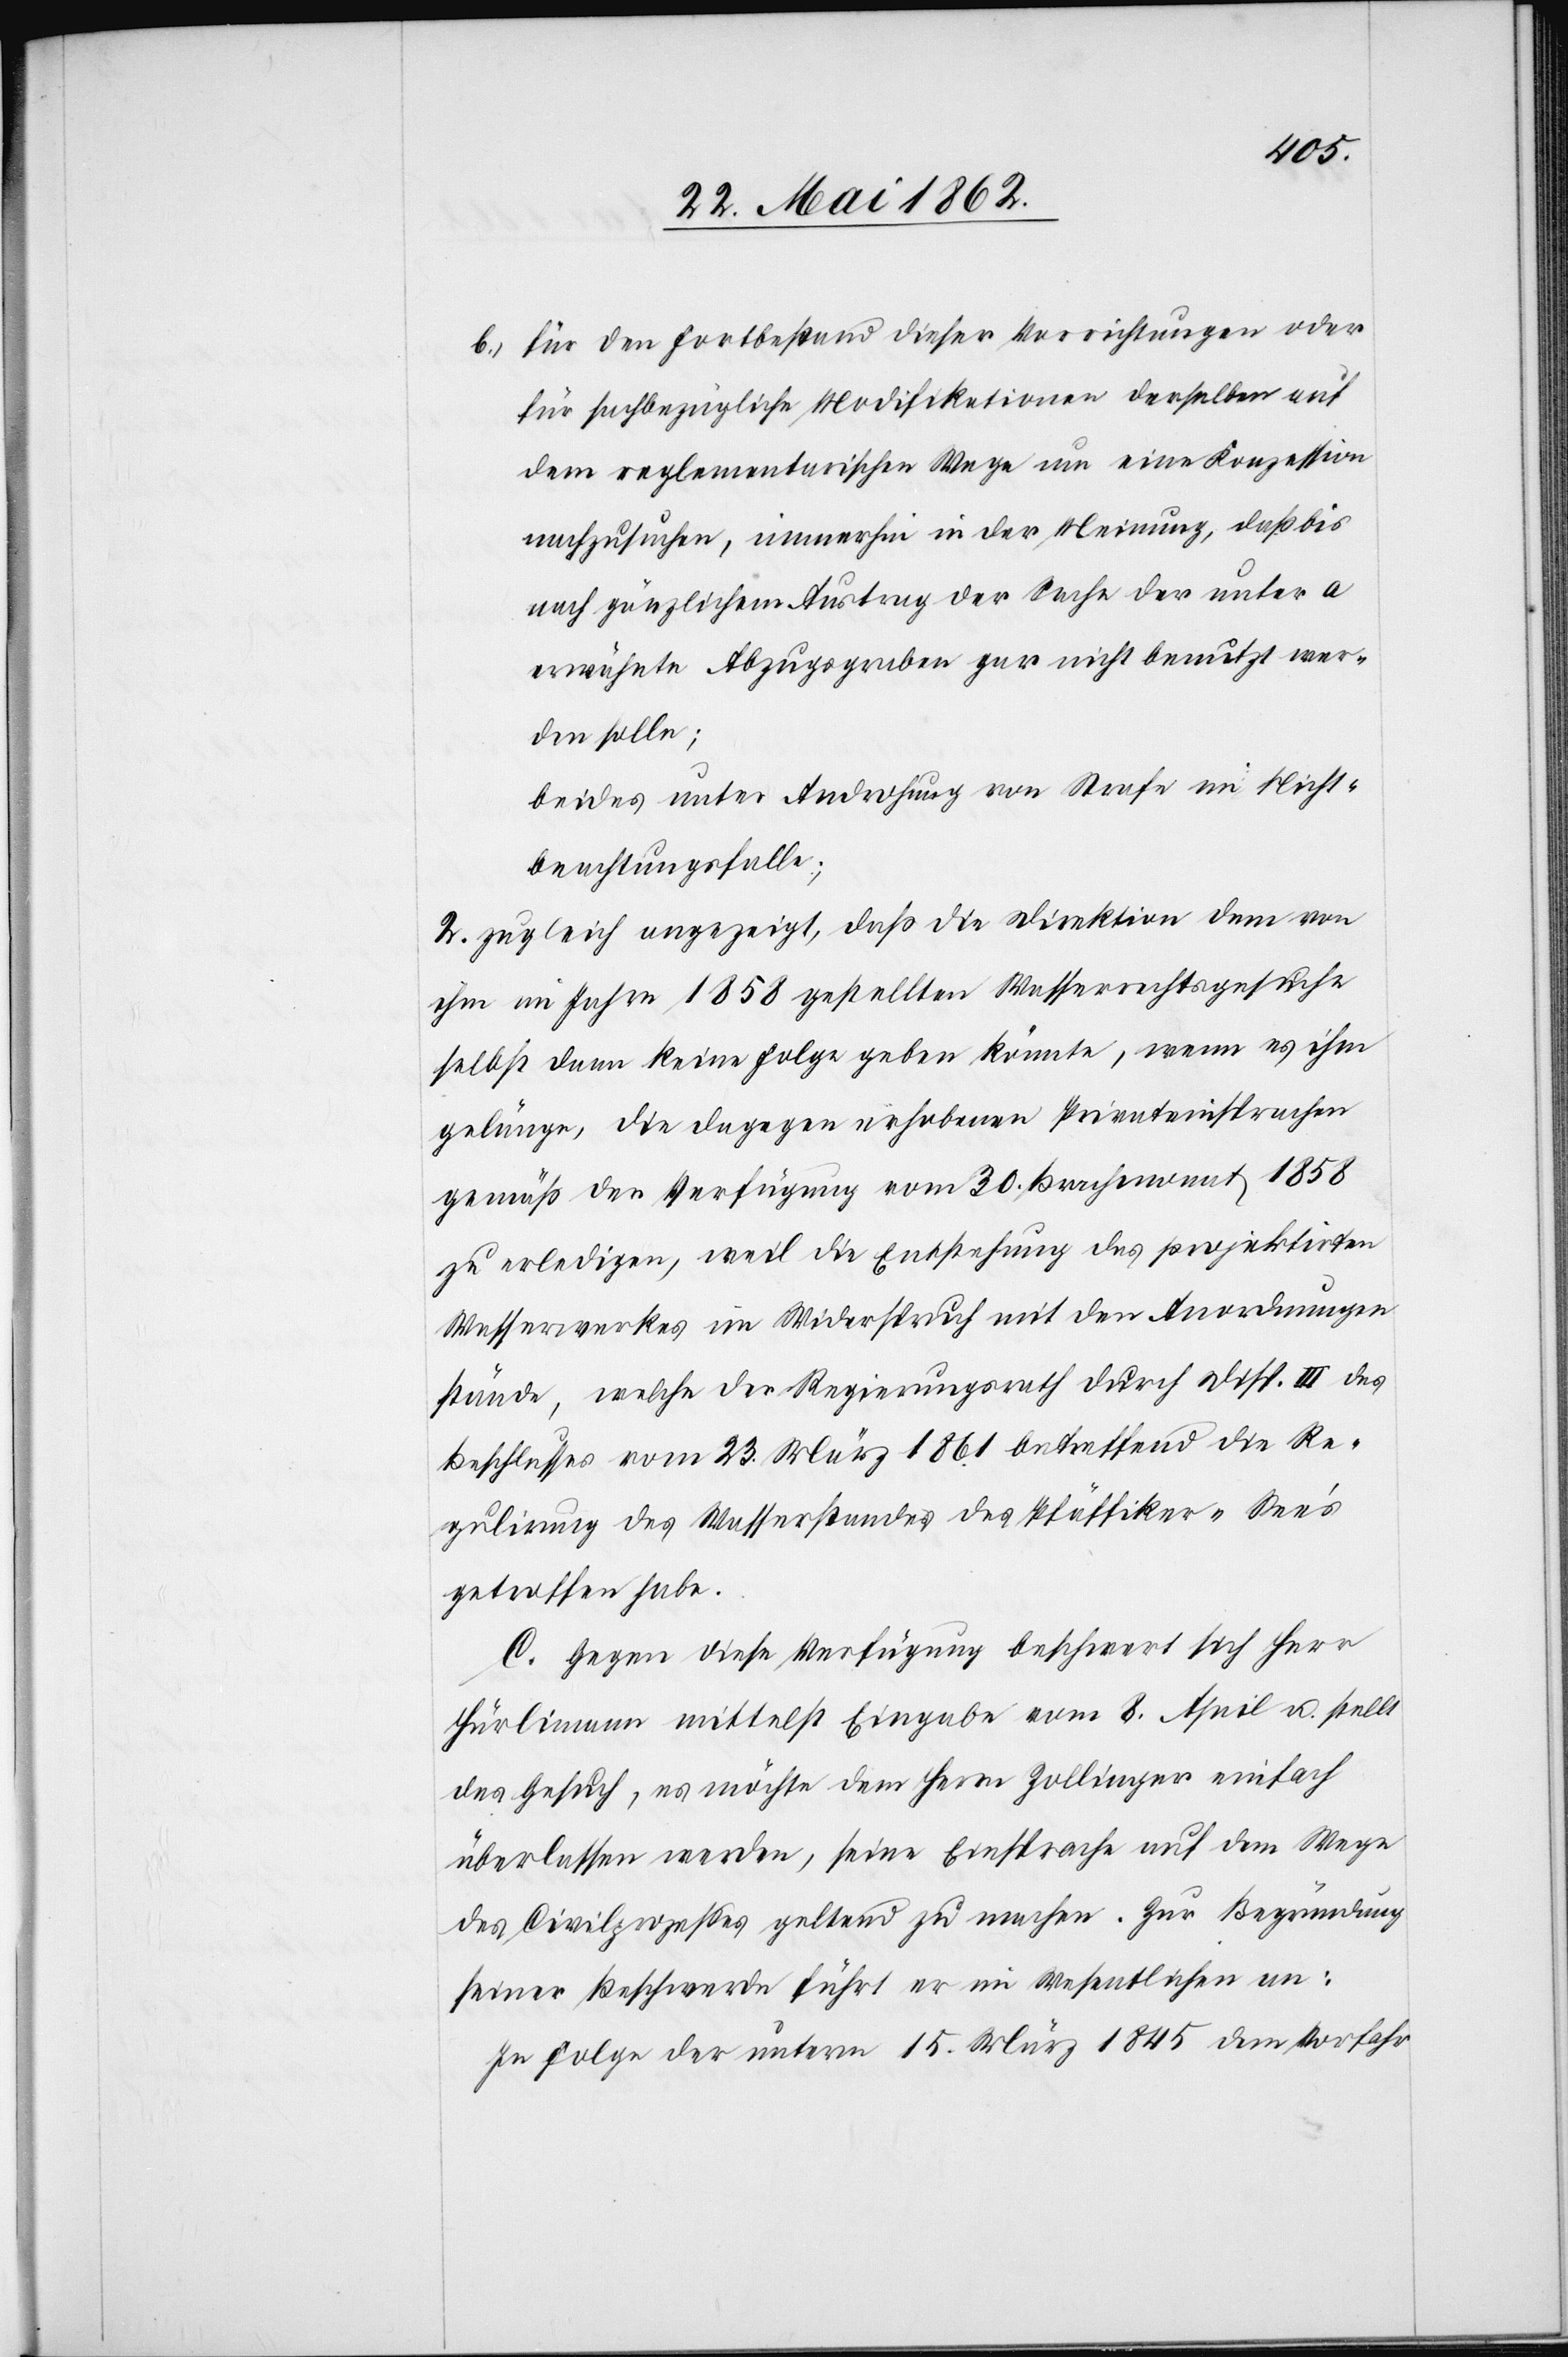
b. für den Fortbestand dieser Vorrichtungen oder
für sachbezügliche Modifikationen derselben auf
dem reglementarischen Wege um eine Konzession
nachzusuchen, immerhin in der Meinung, daß bis
nach gänzlichem Austrag der Sache der unter a
erwähnte Abzugsgraben gar nicht benutzt wer¬
den solle;
beides unter Androhung von Strafe im Nicht¬
beachtungsfall;
2. zugleich angezeigt, daß die Direktion dem von
ihm im Jahre 1858 gestellten Wasserrechtsgesuche
selbst dann keine Folge geben könnte, wenn es ihm
gelänge, die dagegen erhobenen Privateinsprachen
gemäß der Verfügung vom 30. Brachmonat 1858
zu erledigen, weil die Entstehung des projektirten
Wasserwerkes im Widerspruch mit den Anordnungen
stände, welche der Regierungsrath durch Disp. III des
Beschlusses vom 23. März 1861 betreffend die Re¬
gulirung des Wasserstandes des Pfäffiker-See’s
getroffen habe.
C. Gegen diese Verfügung beschwert sich Herr
Hürlimann mittelst Eingabe vom 8. April u. stellt
das Gesuch, es möchte dem Herrn Zollinger einfach
überlassen werden, seine Einsprache auf dem Wege
des Civilprozesses geltend zu machen. Zur Begründung
seiner Beschwerde führt er im Wesentlichen an:
In Folge der unterm 15. März 1845 dem Vorfahr